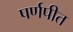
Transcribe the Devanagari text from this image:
पर्णपीत